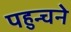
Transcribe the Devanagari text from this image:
पहुन्चने